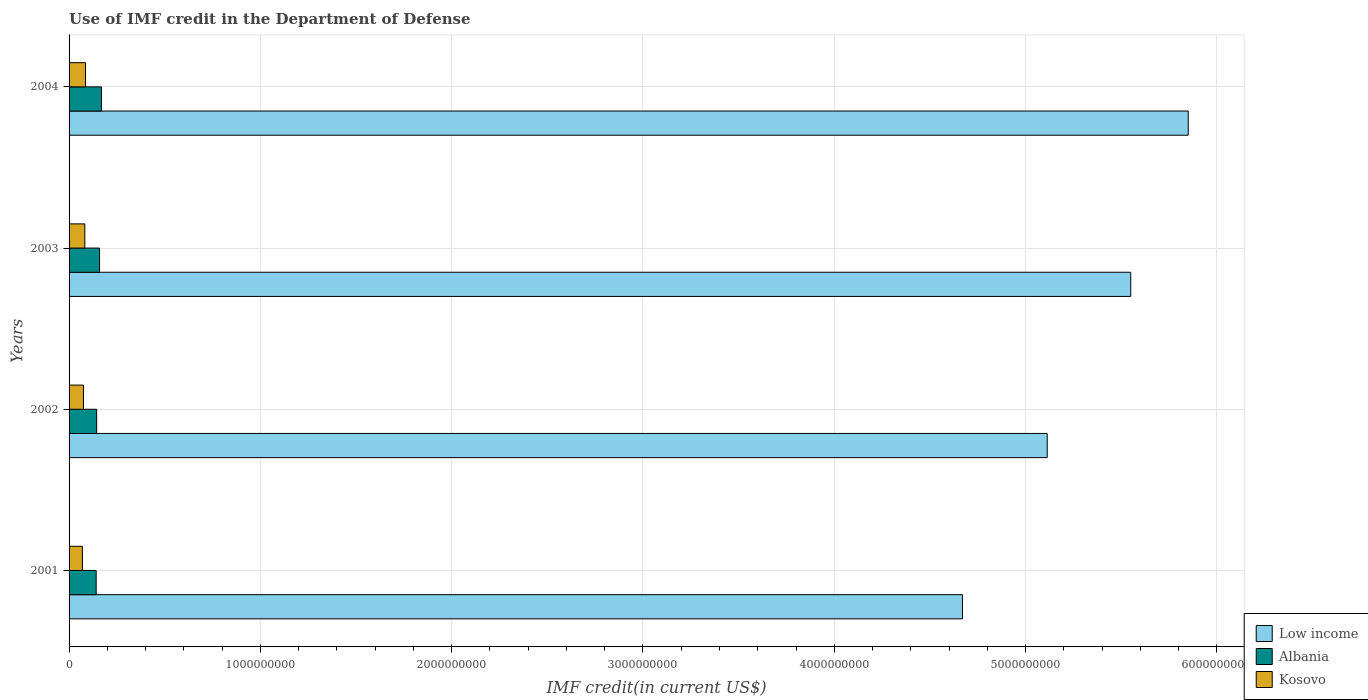
| Years | Low income | Albania | Kosovo |
 | --- | --- | --- | --- |
 | 2001 | 4.67e+09 | 1.42e+08 | 6.96e+07 |
 | 2002 | 5.11e+09 | 1.44e+08 | 7.53e+07 |
 | 2003 | 5.55e+09 | 1.59e+08 | 8.23e+07 |
 | 2004 | 5.85e+09 | 1.69e+08 | 8.6e+07 |